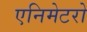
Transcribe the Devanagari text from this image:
एनिमेटरो